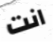
انت